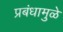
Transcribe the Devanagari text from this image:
प्रबंधामुळे